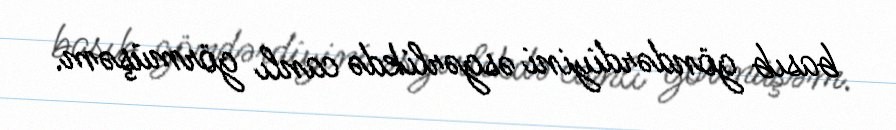
basıb göndərdiyini əsgərlikdə canlı görmüşəm.